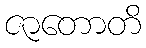
ဇာတောတိ